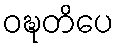
ဝဍ္ဎတိပေ